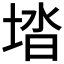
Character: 𡌩